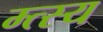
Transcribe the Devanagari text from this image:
म्त्स्य